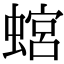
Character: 𧎡